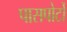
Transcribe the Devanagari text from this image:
पासपोर्टों